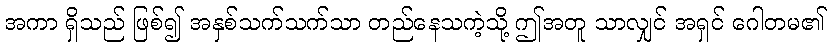
အကာ ရှိသည် ဖြစ်၍ အနှစ်သက်သက်သာ တည်နေသကဲ့သို့ ဤအတူ သာလျှင် အရှင် ဂေါတမ၏